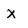
Character: x